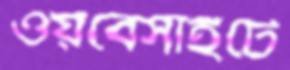
ওয়বেসাইটে